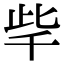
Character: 𣥥